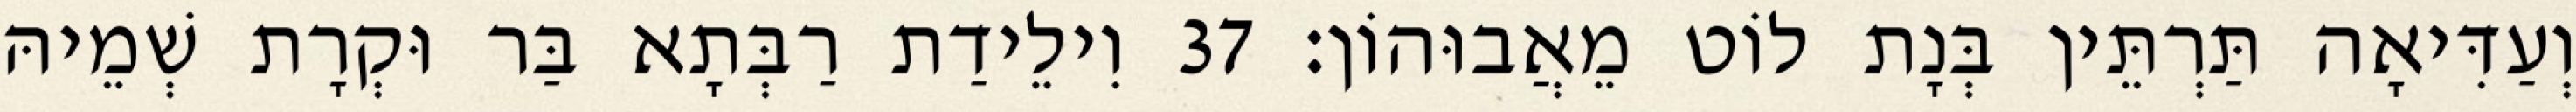
וְעַדִּיאָה תַּרְתֵּין בְּנָת לוֹט מֵאֲבוּהוֹן׃ 37 וִילֵידַת רַבְּתָא בַּר וּקְרָת שְׁמֵיהּ